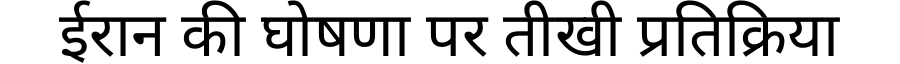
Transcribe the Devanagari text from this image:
ईरान की घोषणा पर तीखी प्रतिक्रिया